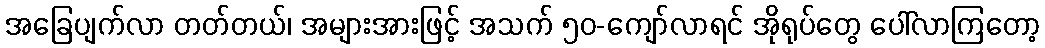
အခြေပျက်လာ တတ်တယ်၊ အများအားဖြင့် အသက် ၅၀-ကျော်လာရင် အိုရုပ်တွေ ပေါ်လာကြတော့